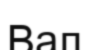
Вал